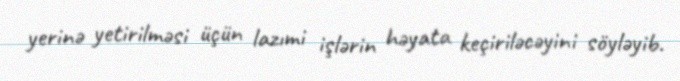
yerinə yetirilməsi üçün lazımi işlərin həyata keçiriləcəyini söyləyib.